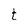
Character: t